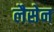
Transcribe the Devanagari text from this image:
लैसेन